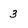
Character: 3